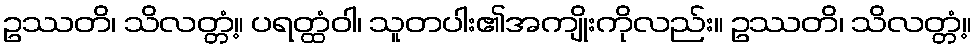
ဥဿတိ၊ သိလတ္တံ့။ ပရတ္ထံဝါ၊ သူတပါး၏အကျိုးကိုလည်း။ ဥဿတိ၊ သိလတ္တံ့။